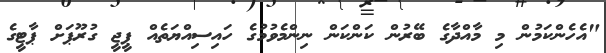
"އެހެންކަމުން މި މާއްދާގެ ބޭރުން ކަންކަން ނިންމެވުމުގެ ހައިސިއްޔަތެއް ޕީޖީ ގުރޫޕަށް ޕާޓީގެ